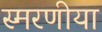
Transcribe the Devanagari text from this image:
स्मरणीया